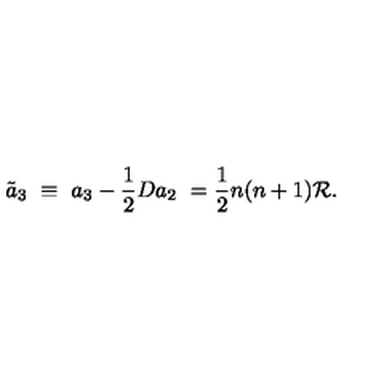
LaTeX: \tilde { a } _ { 3 } \ \equiv \ a _ { 3 } - { \frac { 1 } { 2 } } D a _ { 2 } \ = \frac { 1 } { 2 } n ( n + 1 ) { \cal R } .